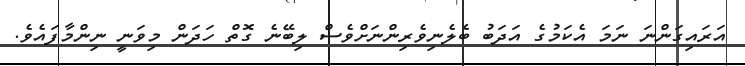
އަރައިގަންނަ ނަމަ އެކަމުގެ އަދަބު ބެލެނިވެރިންނަށްވެސް ލިބޭނެ ގޮތް ހަދަން މިވަނީ ނިންމާފައެވެ.